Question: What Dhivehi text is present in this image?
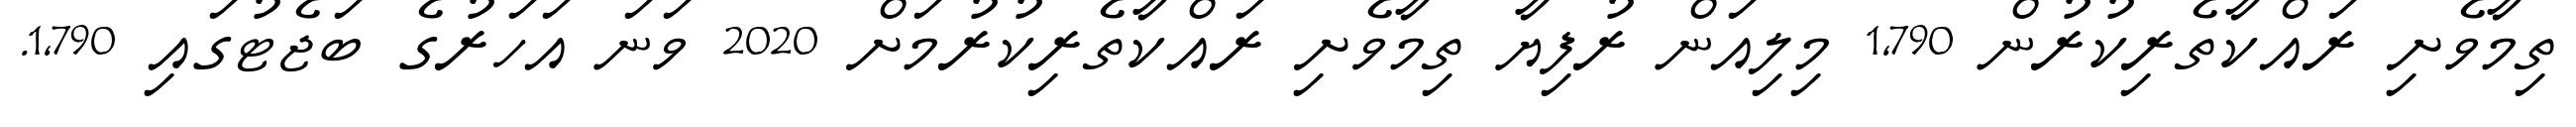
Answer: ތިމާވެށި ރައްކާތެރިކުރުން 1,790 މިލިއަން ރުފިޔާ ތިމާވެށި ރައްކާތެރިކުރުމަށް 2020 ވަނަ އަހަރުގެ ބަޖެޓުގައި 1,790.